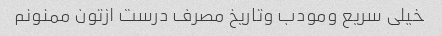
خیلی سریع ومودب وتاریخ مصرف درست ازتون ممنونم